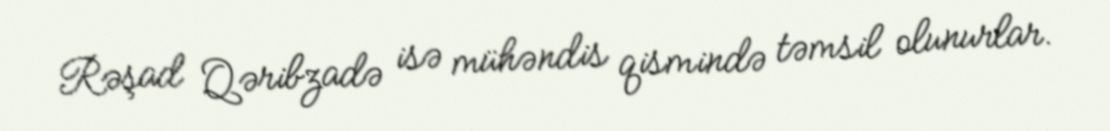
Rəşad Qəribzadə isə mühəndis qismində təmsil olunurlar.